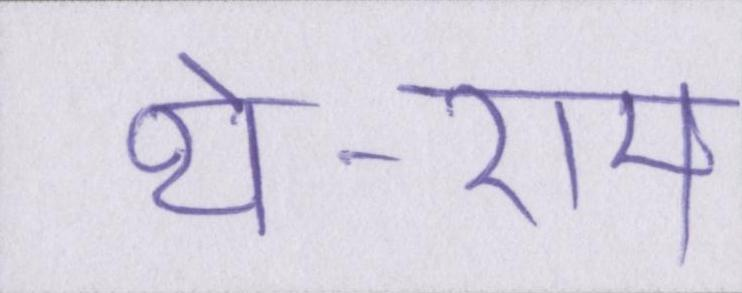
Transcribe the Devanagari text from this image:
थे-राम